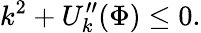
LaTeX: k^{2}+U_{k}^{\prime\prime}(\Phi)\le 0.